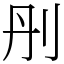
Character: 刐